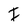
Character: I